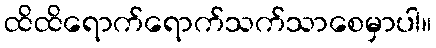
ထိထိရောက်ရောက်သက်သာစေမှာပါ။